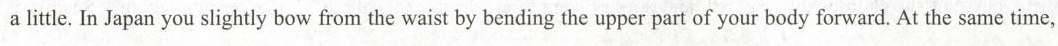
a littie, In Japan you slightly bow from the waist by bending the upper part of your body forward. At the same time.